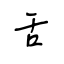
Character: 舌